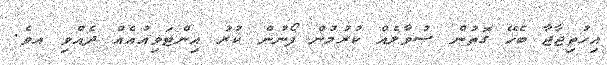
އިހުތިޖާޖާ ބެހޭ ގޮތުން ސުވާލެއް ކުރުމުން ފޯނުން ކުރު އިންޓަވިއުއެއް ދެއްވި އވެ.